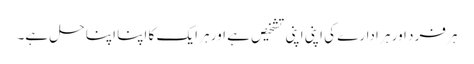
ہر فرد اور ہر ادارے کی اپنی اپنی تشخیص ہے اور ہر ایک کا اپنا اپنا حل ہے۔